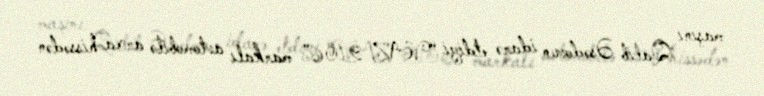
maşını Qalib Əsədovun idarə etdiyi “VAZ-2106” markalı avtomobilə arxa hissədən